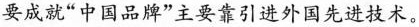
要成就”中国品牌”主要靠引进外国先进技术。